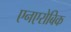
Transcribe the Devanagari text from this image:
एनएरोबिक